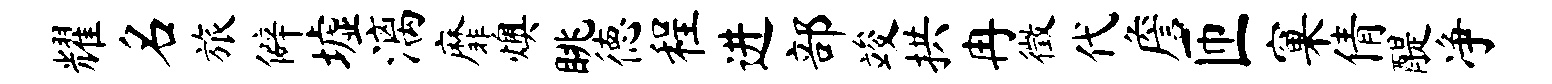
耀名旅僻墟漓靡燠眺德程进部竣拱冉徵代詹匝窠倩醍净